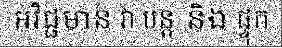
អវិជ្ជមាន វា បន្ត និង ផ្ទុក